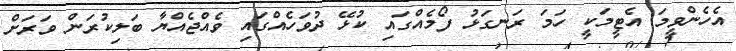
އެހެންވީމަ އެޓީމަކީ ހަމަ ރަނގަޅު ފޯމެއްގައި ކުޅޭ ދުވަހެއްގައި ވެއްޖެއްޔާ ބަލިކުރަން ވަރަށް